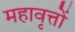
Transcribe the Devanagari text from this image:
महावृत्तों